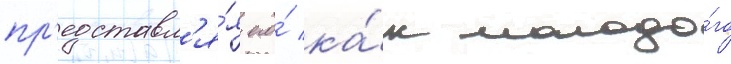
пр'едставл'я́я его́ ка́к молодо́го